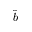
\hat { b }